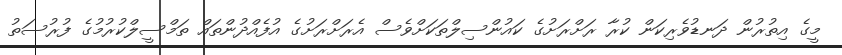
މީގެ އިތުރުން ދަނޑުވެރިކަން ކުރާ ރަށްރަށުގެ ކައުންސިލްތަކަށްވެސް އެރަށްރަށުގެ އުފެއްދުންތައް ތަމްސީލްކުރުމުގެ ފުރުސަތު